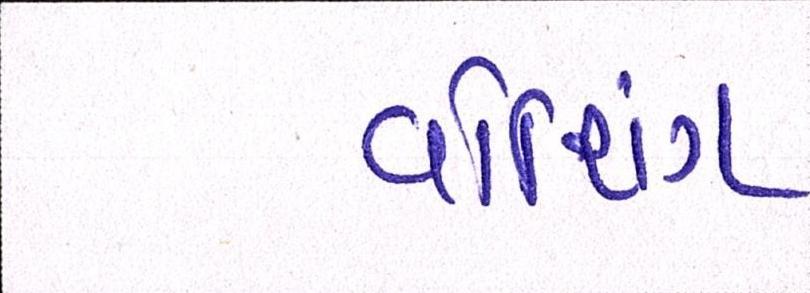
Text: વોશિંગ